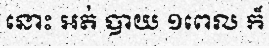
នោះ អត់ បាយ ១ពេល ក៏